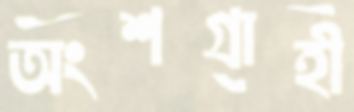
অংশগ্রাহী